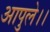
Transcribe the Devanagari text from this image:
आपुले।।